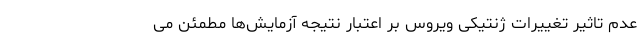
عدم تاثیر تغییرات ژنتیکی ویروس بر اعتبار نتیجه آزمایش‌ها مطمئن می